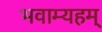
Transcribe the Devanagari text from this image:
भवाम्यहम्